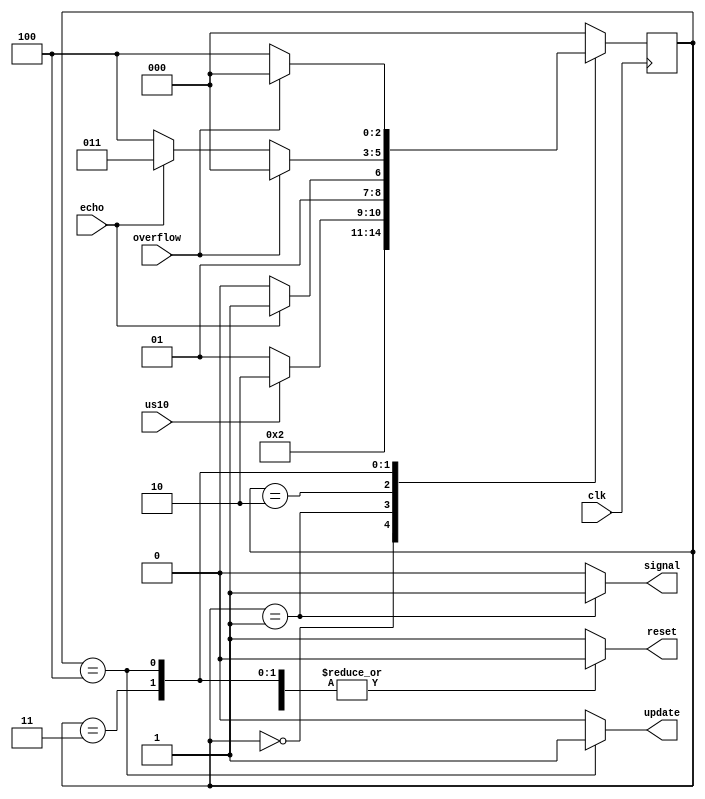
module ultrasonic_Controller(
	input clk, 
	input us10,
	input echo, 
	input overflow,
	output reg reset, 
	output reg update, 
	output reg signal
    );

localparam 
	IDLE = 3'b000, 
	TRIGGER = 3'b001, 
	READY = 3'b010,
	COUNT = 3'b011, 
	LOAD = 3'b100; 

reg [2:0] state = 3'b0; 
reg [2:0] stateNext = 3'b0; 

always @(us10, echo, overflow, state) begin 
	case(state)
		IDLE: begin 
			reset = 1'b1; 
			update = 1'b0;
			signal = 1'b0;
			stateNext = TRIGGER; 
		end 
		TRIGGER: begin 
			reset = 1'b0; 
			update = 1'b0;
			signal = 1'b1;
			if(us10)	
				stateNext = READY; 
			else 
				stateNext = TRIGGER; 
		end 
		READY: begin 
			reset = 1'b1; 
			update = 1'b0;
			signal = 1'b0;
			if(echo)
				stateNext = COUNT; 
			else 
				stateNext = READY;
		end 
		COUNT: begin 
			reset = 1'b0; 
			update = 1'b0;
			signal = 1'b0;
			if(overflow) 
				stateNext = IDLE; 
			else begin 
				if(echo) 
					stateNext = COUNT;
				else
					stateNext = LOAD; 
			end
		end 
		LOAD: begin
			reset = 1'b0; 
			update = 1'b1;
			signal = 1'b0;
			if(overflow) 
				stateNext = IDLE;
			else
				stateNext = LOAD;  
		end
		default: begin 
			reset = 1'b1; 
			update = 1'b0;
			signal = 1'b0;
			stateNext = IDLE; 
		end
	endcase
end 

always @(posedge clk) 
	state <= stateNext; 

endmodule